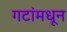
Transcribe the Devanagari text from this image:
गटांमधून